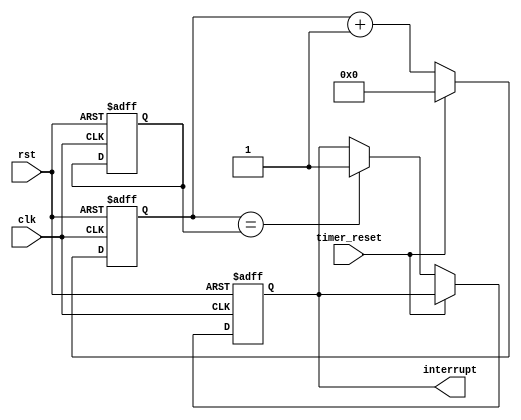
module watchdog_timer(
    input wire clk,
    input wire rst,
    input wire timer_reset,
    output reg interrupt
);

reg [15:0] timer_value;
reg [15:0] counter;

always @(posedge clk or posedge rst) begin
    if(rst) begin
        timer_value <= 16'd500; // Initialize timer with value 500
        counter <= 16'd0;
        interrupt <= 1'b0;
    end else begin
        if(timer_reset) begin
            counter <= 16'd0;
        end else begin
            counter <= counter + 1;
            if(counter == timer_value) begin
                interrupt <= 1'b1; // Generate interrupt signal
            end
        end
    end
end

endmodule